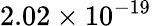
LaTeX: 2.02\times 10^{-19}